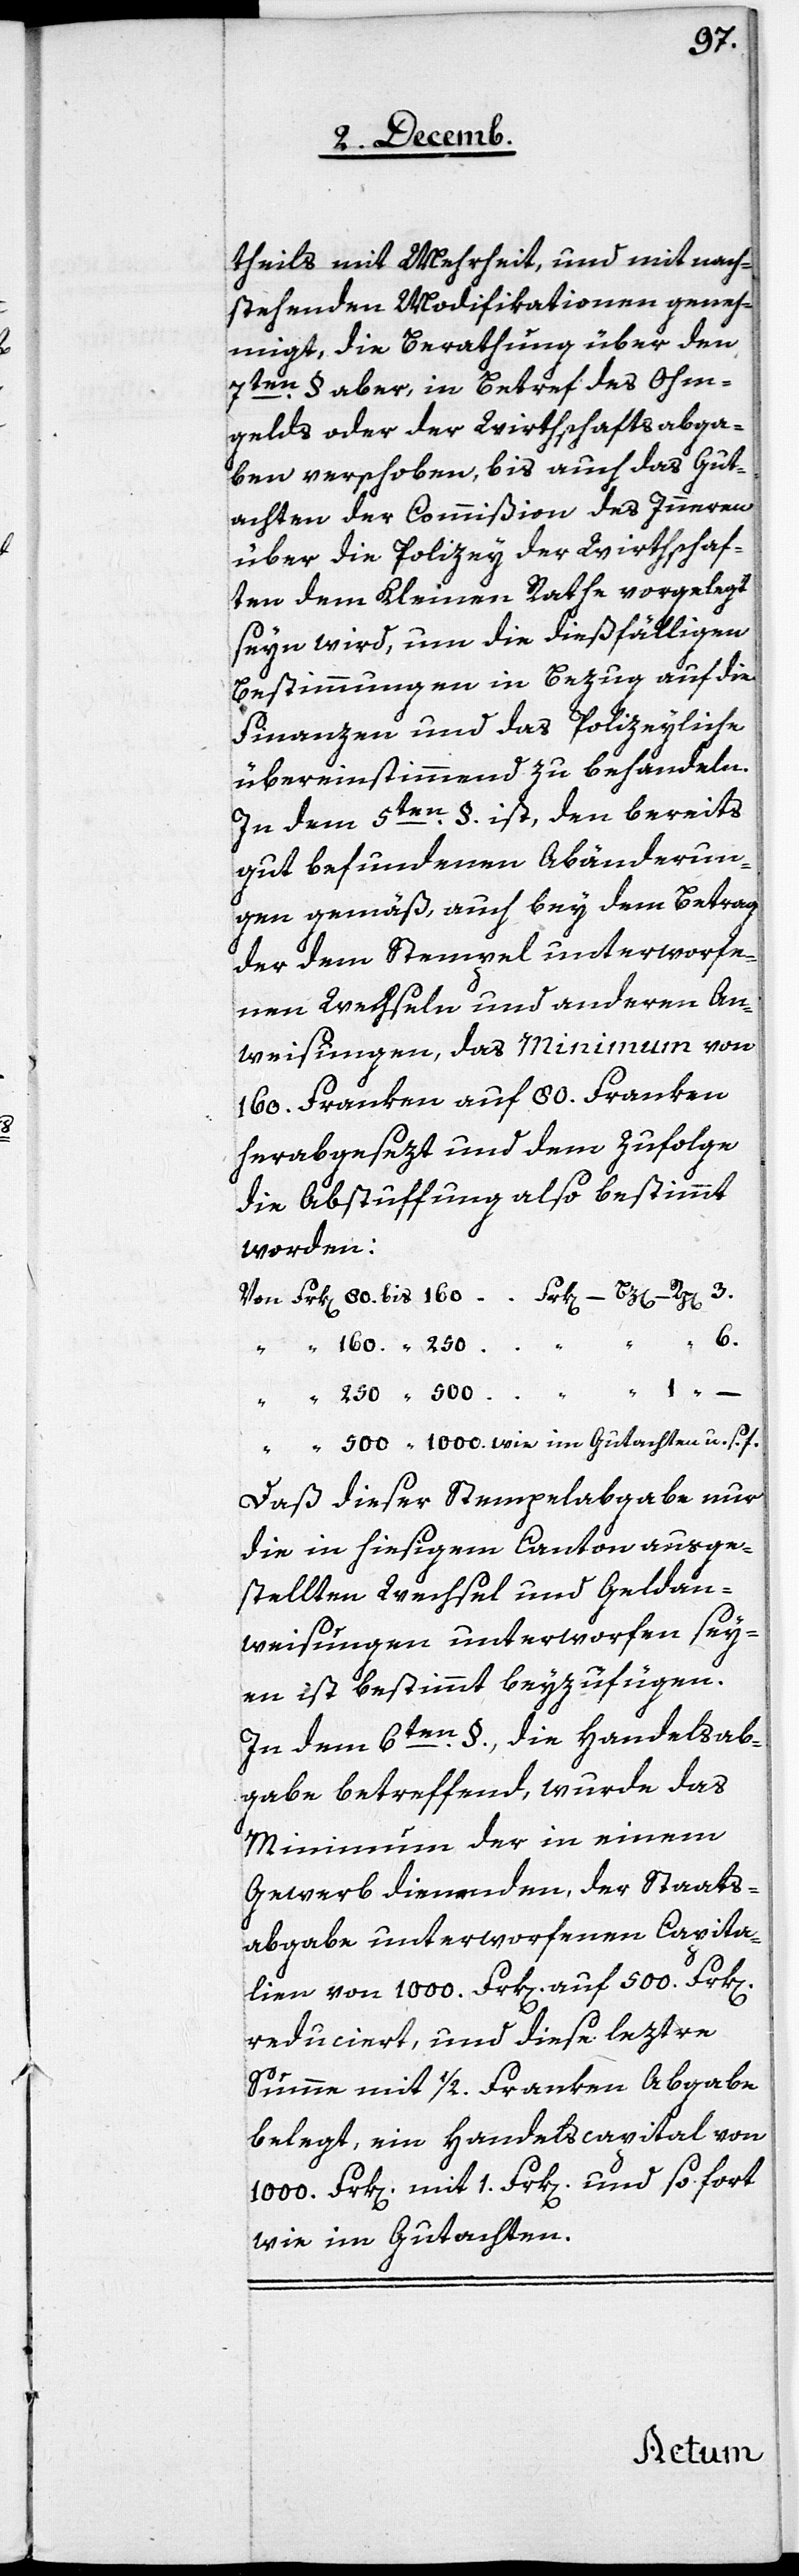
1.
theils mit Mehrheit, und mit nach¬
stehenden Modifikationen geneh¬
migt, die Berathung über den
7ten. §. aber, in Betref des Ohm¬
gelds oder der Wirthschaftsabga¬
ben verschoben, bis auch das Gut¬
achten der Commißion des Inneren
über die Polizey der Wirthschaf¬
ten dem Kleinen Rathe vorgelegt
seyn wird, um die dießfälligen
Bestimmungen in Bezug auf die
Finanzen und das Polizeyliche
übereinstimmend zu behandeln.
In dem 5ten. §. ist, den bereits
gut befundenen Abänderun¬
gen gemäß, auch bey dem Betrag
der dem Stempel unterworfe¬
nen Wechseln und anderen An¬
weisungen, das Minimum von
160. Franken auf 80. Franken
herabgesezt und dem zufolge
die Abstuffung also bestimmt
worden:
Daß dieser Stempelabgabe nur
die in hiesigem Canton ausge¬
stellten Wechsel und Geldan¬
weisungen unterworfen sey¬
en ist bestimmt beyzufügen.
In dem 6ten. §., die Handelsab¬
gabe betreffend, wurde das
Minimum der in einem
Gewerb dienenden, der Staats¬
abgabe unterworfenen Capita¬
lien von 1000. Frk[en] auf 500. Frk[en]
reduciert, und diese leztre
Summe mit 1/2 Franken Abgabe
belegt, ein Handelscapital von
1000. Frk[en] mit 1. Frk[en] und so fort
wie im Gutachten.